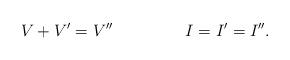
LaTeX: \begin{align*} V+V'=V'' &&& I=I'=I''. &&& \\\end{align*}